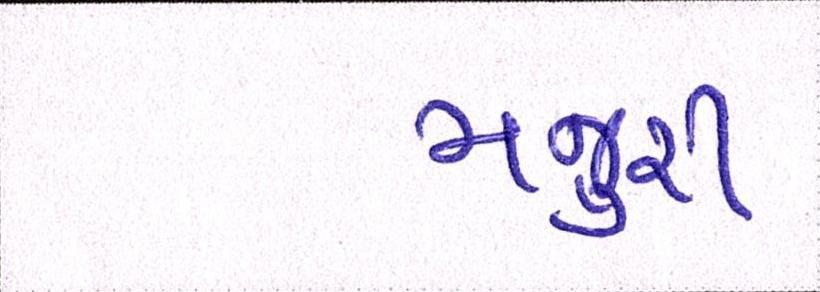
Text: મજુરી